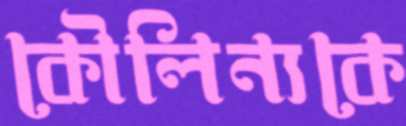
কৌলিন্যকে